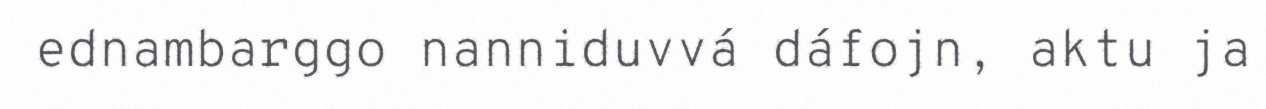
ednambarggo nanniduvvá dáfojn, aktu ja